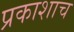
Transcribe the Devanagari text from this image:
प्रकाशाच